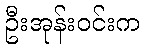
ဦးအုန်းဝင်းက